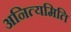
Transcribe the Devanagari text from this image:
अनित्यमिति